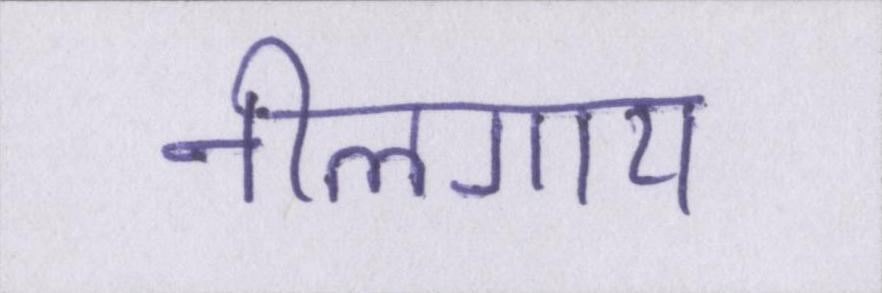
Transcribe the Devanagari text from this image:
नीलगाय